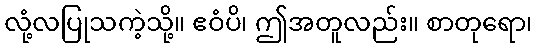
လုံ့လပြုသကဲ့သို့။ ဧဝံပိ၊ ဤအတူလည်း။ စာတုရော၊